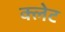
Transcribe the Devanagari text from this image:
क्लेट